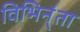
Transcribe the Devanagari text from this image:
विभिन्ंता